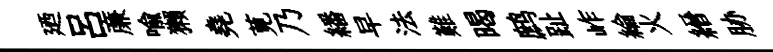
廼呂亷喻獺堯莧乃繙早法難暍鹧趾岞綸火縉胁